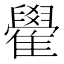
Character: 雤